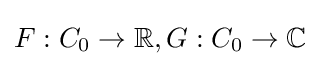
F:C_{0}\to \mathbb {R} ,G:C_{0}\to \mathbb {C}